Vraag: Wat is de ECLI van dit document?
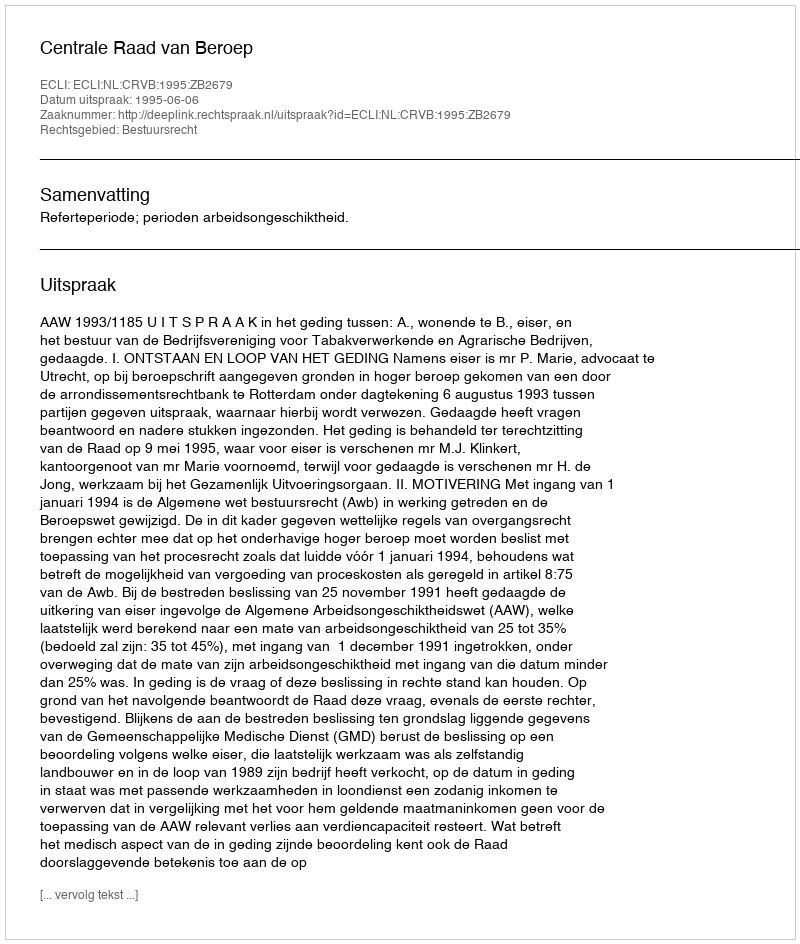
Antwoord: ECLI:NL:CRVB:1995:ZB2679